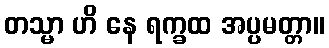
တသ္မာ ဟိ နေ ရက္ခထ အပ္ပမတ္တာ။